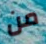
من